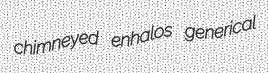
chimneyed enhalos generical